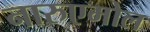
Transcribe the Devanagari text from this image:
नारुएमोल